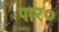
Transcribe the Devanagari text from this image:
पार०